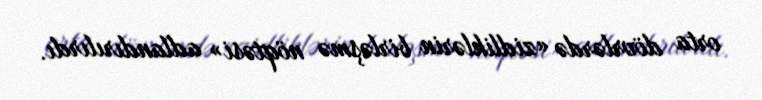
orta dövrlərdə «zidliklərin birləşmə nöqtəsi» adlandırılırdı.